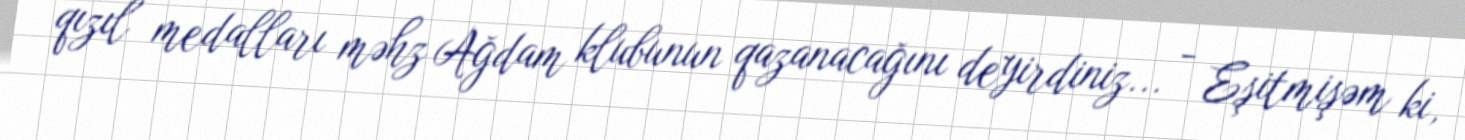
qızıl medalları məhz Ağdam klubunun qazanacağını deyirdiniz... - Eşitmişəm ki,